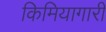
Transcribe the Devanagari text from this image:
किमियागारी